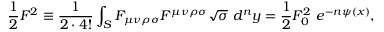
{ \frac { 1 } { 2 } } F ^ { 2 } \equiv { \frac { 1 } { 2 \cdot 4 ! } } \int _ { { \cal S } } F _ { \mu \nu \rho \sigma } F ^ { \mu \nu \rho \sigma } \sqrt { \sigma } \ d ^ { n } y = { \frac { 1 } { 2 } } F _ { 0 } ^ { 2 } \ e ^ { - n \psi ( x ) } ,